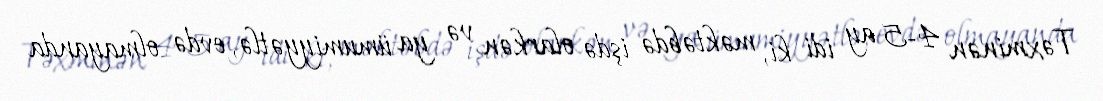
Təxminən 4-5 ay idi ki, məktəbdə işdə olarkən və ya ümumiyyətlə, evdə olmayanda